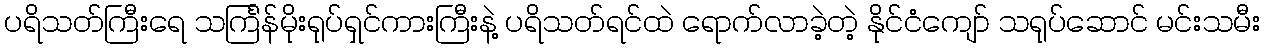
ပရိသတ်ကြီးရေ သင်္ကြန်မိုးရုပ်ရှင်ကားကြီးနဲ့ ပရိသတ်ရင်ထဲ ရောက်လာခဲ့တဲ့ နိုင်ငံကျော် သရုပ်ဆောင် မင်းသမီး